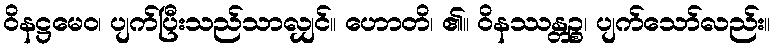
ဝိနဋ္ဌမေဝ၊ ပျက်ပြီးသည်သာလျှင်။ ဟောတိ၊ ၏။ ဝိနဿန္တဉ္စ၊ ပျက်သော်လည်း။